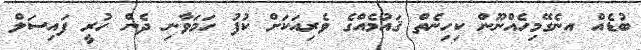
ބުޑެއް އނެގޭމިހެއްނޫން ކިހިނެތް ޤައުމެއްގެ ވެރިއަކަށް ކުފު ހަމަވާނި ދެން ހުރީ ފައިސަލް